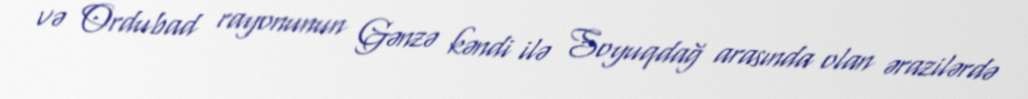
və Ordubad rayonunun Gənzə kəndi ilə Soyuqdağ arasında olan ərazilərdə